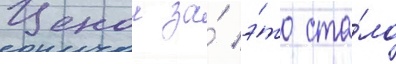
Ценои за́ э́то ста́ло